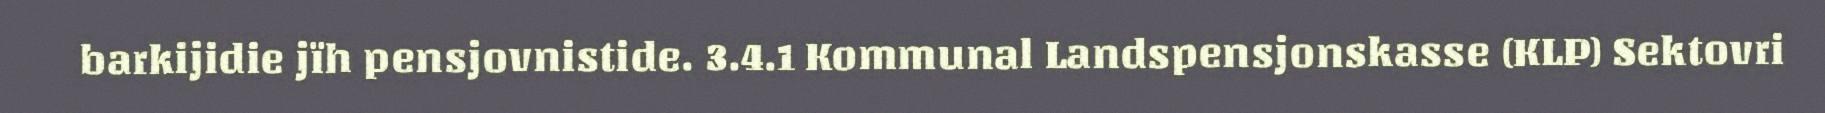
barkijidie jïh pensjovnistide. 3.4.1 Kommunal Landspensjonskasse (KLP) Sektovri